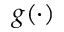
g ( \cdot )